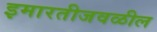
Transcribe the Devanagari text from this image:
इमारतीजवळील